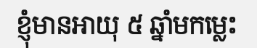
ខ្ញុំមានអាយុ ៥ ឆ្នាំមកម្លេះ